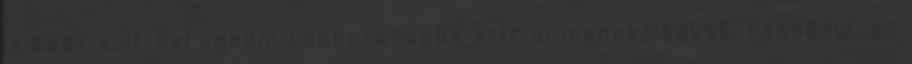
is kész volt befogadni Csehországba szíriai menekülteket, ráadásul, az